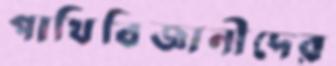
পাখিবিজ্ঞানীদের